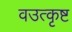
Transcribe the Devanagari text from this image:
वउत्कृष्ट